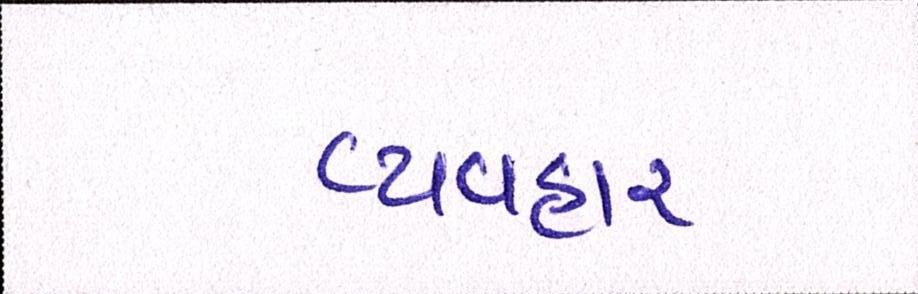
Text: વ્યવહાર